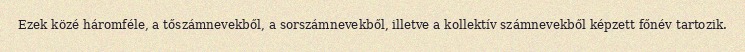
Ezek közé háromféle, a tőszámnevekből, a sorszámnevekből, illetve a kollektív számnevekből képzett főnév tartozik.